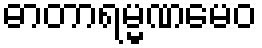
ဓာတာရမ္မဏမေဝ